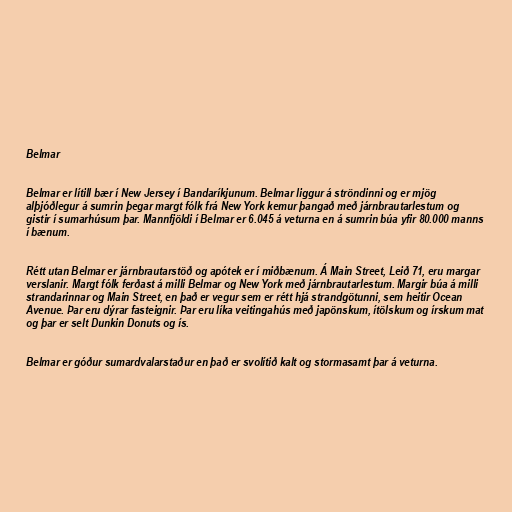
Belmar

Belmar er lítill bær í New Jersey í Bandaríkjunum. Belmar liggur á ströndinni og er mjög
alþjóðlegur á sumrin þegar margt fólk frá New York kemur þangað með járnbrautarlestum og
gistir í sumarhúsum þar. Mannfjöldi í Belmar er 6.045 á veturna en á sumrin búa yfir 80.000 manns
í bænum.

Rétt utan Belmar er járnbrautarstöð og apótek er í miðbænum. Á Main Street, Leið 71, eru margar
verslanir. Margt fólk ferðast á milli Belmar og New York með járnbrautarlestum. Margir búa á milli
strandarinnar og Main Street, en það er vegur sem er rétt hjá strandgötunni, sem heitir Ocean
Avenue. Þar eru dýrar fasteignir. Þar eru líka veitingahús með japönskum, ítölskum og írskum mat
og þar er selt Dunkin Donuts og ís.

Belmar er góður sumardvalarstaður en það er svolítið kalt og stormasamt þar á veturna.